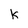
Character: k